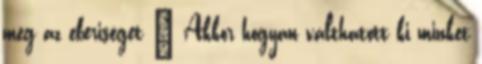
meg az eberiséget " Akkor hogyan válthatott ki minket